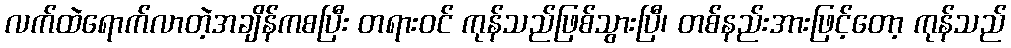
လက်ထဲရောက်လာတဲ့အချိန်ကစပြီး တရားဝင် ကုန်သည်ဖြစ်သွားပြီ၊ တစ်နည်းအားဖြင့်တော့ ကုန်သည်